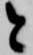
と